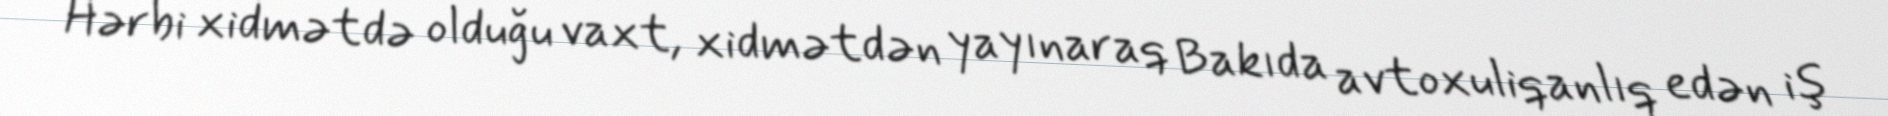
Hərbi xidmətdə olduğu vaxt, xidmətdən yayınaraq Bakıda avtoxuliqanlıq edən iş